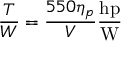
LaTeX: { \frac { T } { W } } = { \frac { 5 5 0 \eta _ { p } } { V } } { \frac { \mathrm { h p } } { \mathrm { W } } }